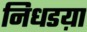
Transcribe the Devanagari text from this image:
निधडय़ा